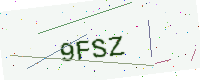
Text: 9FSZ